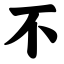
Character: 不